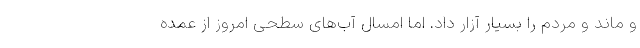
و ماند و مردم را بسیار آزار داد. اما امسال آب‌های سطحی امروز از عمده